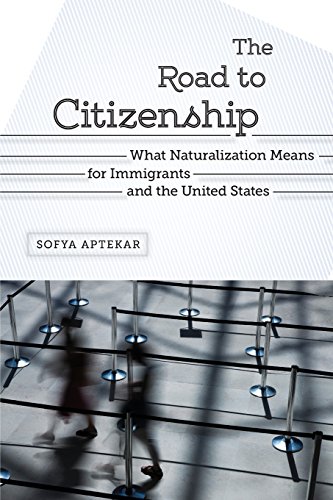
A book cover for The Road to Citizenship: What Naturalization Means for Immigrants and the United States; Sofya Aptekar; Test Preparation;